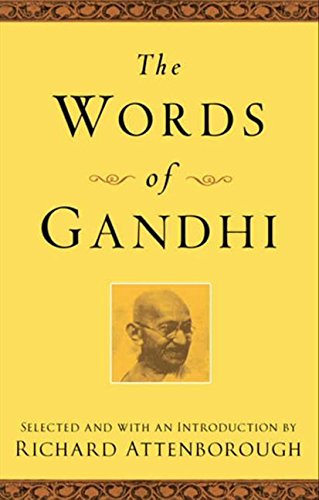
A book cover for The Words of Gandhi (Newmarket Words Of Series); Mahatma Gandhi; Religion & Spirituality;